Memorandum on the prevention of leprosy by segregation of the affected
Disease focus: Leprosy
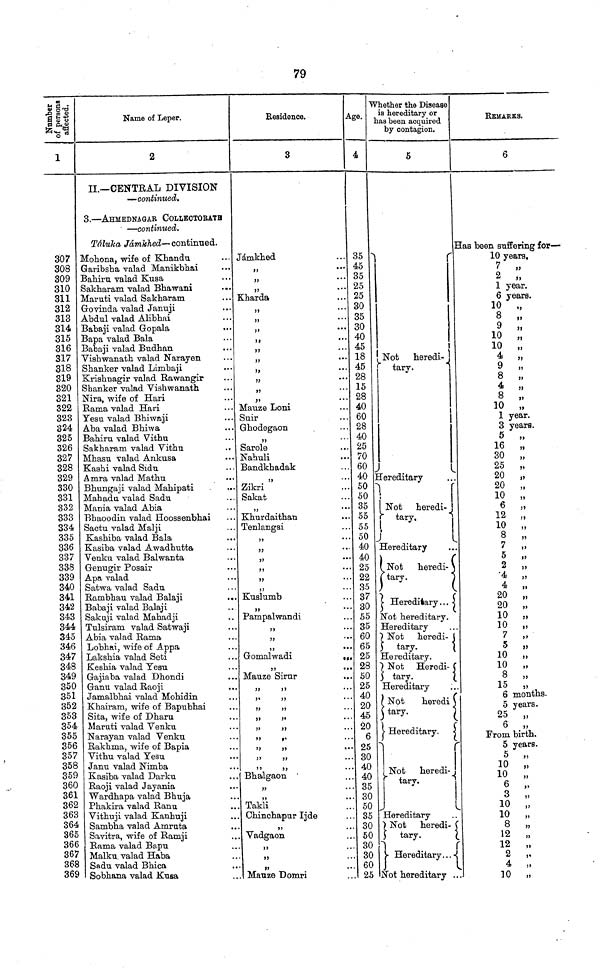
79
Number of
persons
affected.
1
307
308
309
310
311
312
313
314
315
316
317
318
319
320
321
322
323
324
325
326
327
328
329
330
331
332
333
334
335
336
337
338
339
340
341
342
343
344
345
346
347
348
349
350
351
352
353
354
355
356
357
358
359
360
361
362
363
364
365
366
367
369
Name of Leper.
2
II.— CENTRAL DIVISION
— continued.
3. — AHMEDNAGAR COLLEOTORATE
— continued.
Táluka Jámkhed — continued.
Mohona, wife of Khandu
Garibsha valad Manikbhai
Bahiru valad Kusa
Sakharam valad Bhawani
Maruti valad Sakharam
Govinda valad Januji
Abdul valad Alibhai
Babaji valad Gopala
Bapa valad Bala
Babaji valad Budhan
Vishwanath valad Narayen
Shanker valad Limbaji
Krishnagir valad Rawangir
Shanker valad Vishwanath
Nira, wife of Hari
Rama valad Hari
Yesu valad Bhiwaji
Aba valad Bhiwa
Bahiru valad Vithu
Sakharam valad Vithu
Mhasu valad Ankusa
Kashi valad Sidu
Amra valad Mathu
Bhungaji valad Mahipati
Mahadu valad Sadu
Mania valad Abia
Bhaoodin valad Hoossenbhai
Sactu valad Malji
Kashiba valad Bala
Kasiba valad Awadhutta
Venku valad Balwanta
Genugir Posair
Apa valad
Satwa valad Sadu
Rambhau valad Balaji
..
Babaji valad Balaji
Sakuji valad Mahadji
Tulsiram valad Satwaji
Abia valad Rama
Lobhai, wife of Appa
Lakshia valad Seti
Keshia valad Yesu
Gajiaba valad Dhondi
Ganu valad Raoji
Jamalbhai valad Mohidin
Khairam, wife of Bapubhai
Sita, wife of Dharu
Maruti valad Venku
Narayan valad Venku
Rakhma, wife of Bapia
Vithu valad Yesu
Janu valad Nimba
Kasiba valad Darku
Raoji valad Jayania
Wardhapa valad Bhuja
Phakira valad Ranu
Vithuji valad Kanhuji
Sambha valad Amruta
Savitra, wife of Ramji
Rama valad Bapu
Malku valad Haba
Sadu valad Bhica
Sobhana valad Kusa
Residence.
A
3
Jámkhed
,,
"
"
Kharda
,,
"
"
"
"
"
,,
"
...
Mauze Loni
Suir
Ghodegaon
,,
Sarole
Nahuli
Bandkhadak
,,
Zikri
Sakat
,,
Khurdaithan
Tenlangsi
"
"
"
"
Kuslumb
,,
Pampalwandi
,,
,,
...
,,
...
Gomalwadi
,,
Mauze Sirur
"
"
" "
"
"
" "
" "
"
"
" "
Bhalgaon
,,
Takli
Chinchapur Ijde
"
Vadgaon
,,
,,
,,
Mauze Domri
Age.
4
35
45
35
25
25
30
35
30
40
45
18
45
28
15
28
40
60
28
40
25
70
60
40
50
50
35
55
55
50
40
40
25
22
35
37
30
55
35
60
65
25
28
50
25
40
20
45
20
6
25
30
40
40
35
30
50
35
30
50
30
30
60
25
Whether the Disease
is hereditary or
has been acquired
by contagion.
5
Not
heredi-J
tary.
Hereditary
Not
heredi-
tary.
Hereditary
Not
heredi-
tary.
Hereditary...
Not hereditary.
Hereditary
Not heredi-
tary.
Hereditary.
7 Not Heredi-
tary.
Hereditary
N
ot
heredi
tary.
Hereditary.
Not heredi-
t
ary.
Hereditary
Not heredi-
tary.
Hereditary
Not hereditary .
REMARKS.
6
Has been suffering for —
10 years,
7 „
2 ,,
1 year.
6 years.
10 „
8 „
9 „
10 „
10 „
4 „
9 „
8 „
4 „
8 „
10 „
1 year.
3 years.
5 „
16 „
30 „
25 „
20
„
20 „
10 „
6 „
12 ,,
10 „
8 „
7
„
5 „
2
„
4
„
4 „
20 „
20 „
10 „
10 „
7 „
5 „
10 „
10 „
8 „
15 „
6 months.
5 years.
25 „
6 „
From birth.
5 years.
5 „
10 "
6 "
3 "
10 "
10 "
8 "
12
"
2 "
4 "
10 "